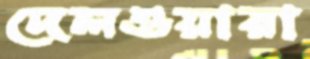
দেলওয়ারা